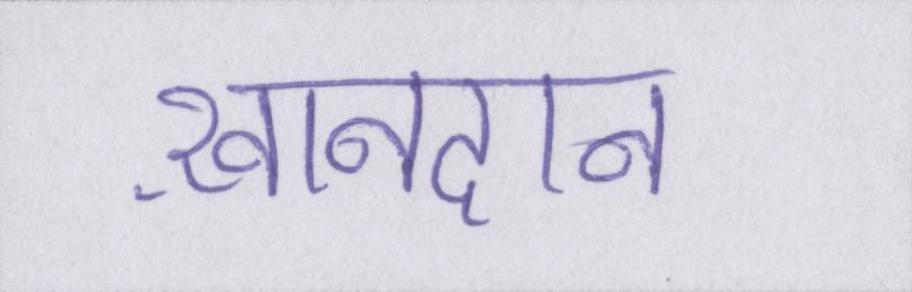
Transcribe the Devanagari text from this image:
ख़ानदान